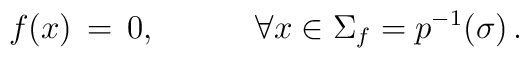
f(x)  \,=\, 0, \hspace{3em} \forall x \in \Sigma_{f}=p^{ -1}({\sigma})\,.